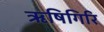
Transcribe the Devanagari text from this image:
ऋषिगिरि